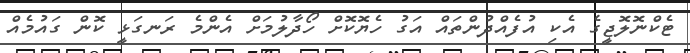
ޓެކްނޮލޮޖީގެ އެކި އުފެއްދުންތައް އަގު ހެޔޮކޮށް ހޯދާލުމަށް އެންމެ ރަނގަޅީ ކޮން ގައުމެއް